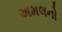
અમલનો